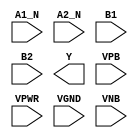
module sky130_fd_sc_ms__o2bb2ai (
    //# {{data|Data Signals}}
    input  A1_N,
    input  A2_N,
    input  B1  ,
    input  B2  ,
    output Y   ,

    //# {{power|Power}}
    input  VPB ,
    input  VPWR,
    input  VGND,
    input  VNB
);
endmodule